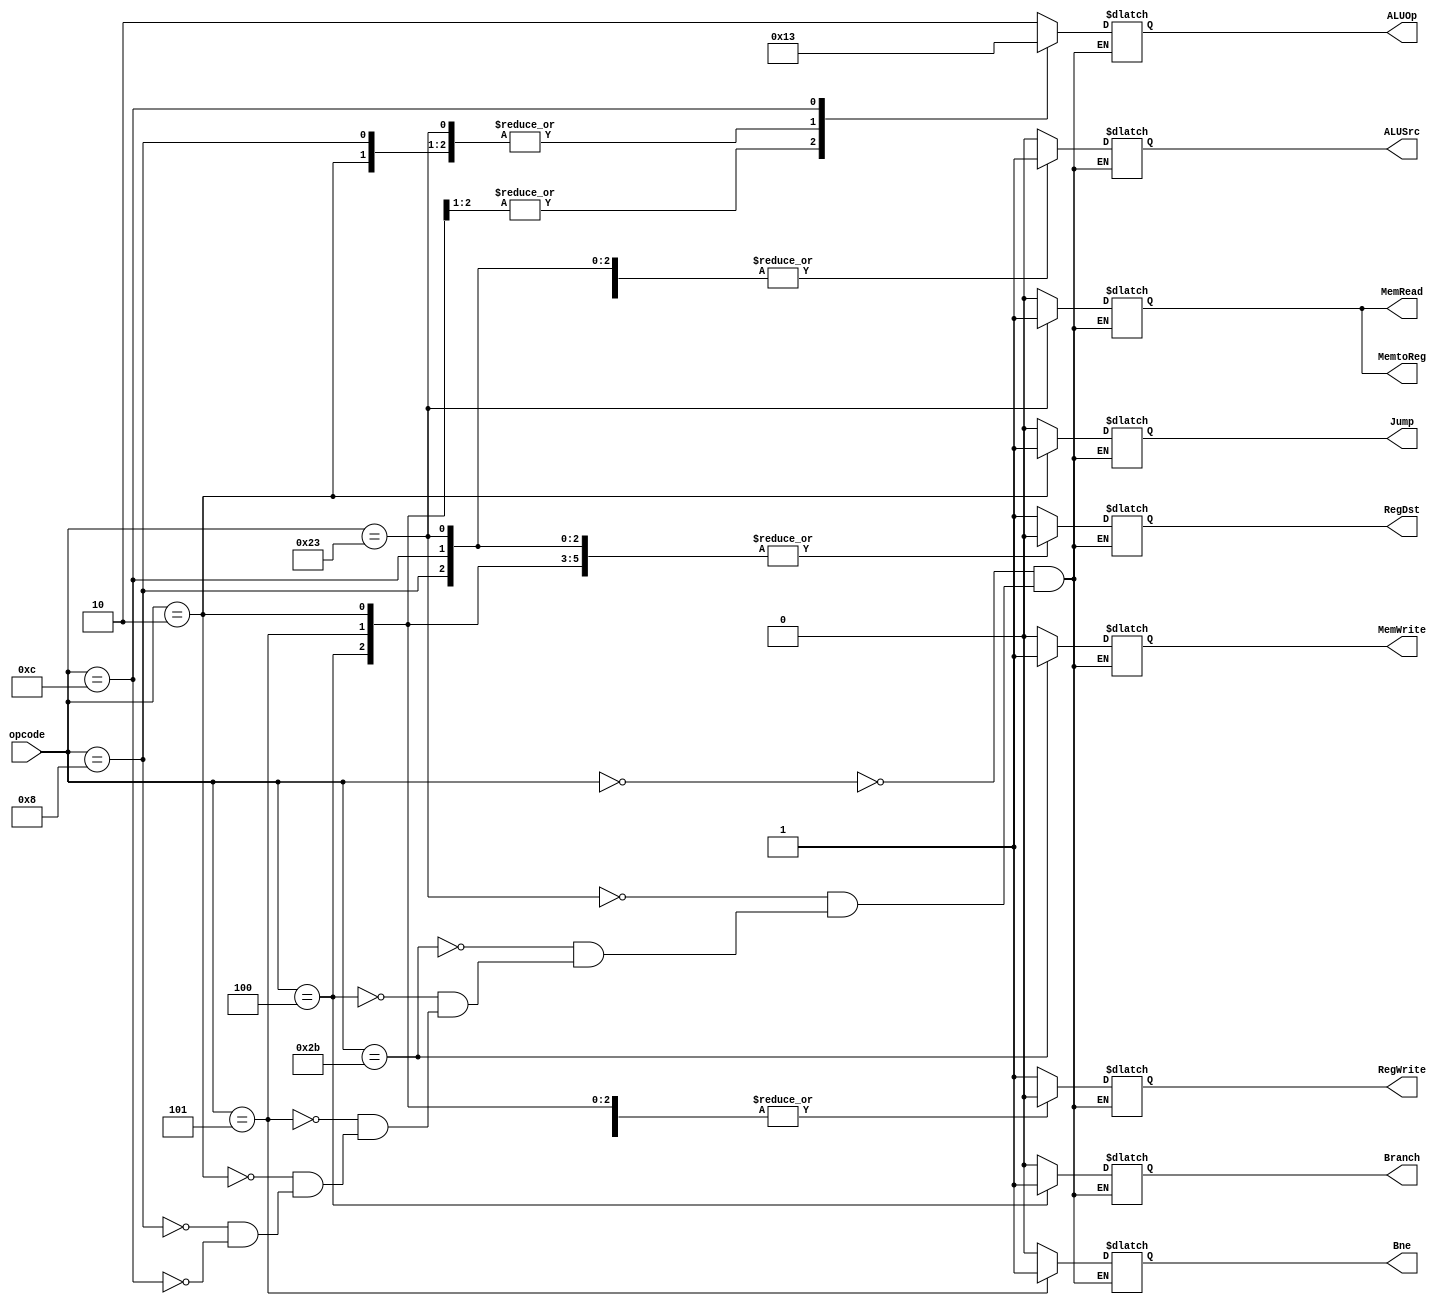
`ifndef MODULE_CONTROL
`define MODULE_CONTROL

`timescale 1ns / 1ps
///////////////////////////////////////////////////////////
//
//
//
//
//
///////////////////////////////////////////////////////////
module control(
	input wire [5:0] opcode,
	output reg RegDst,
	output reg Jump,
	output reg Branch,
	output reg Bne,
	output reg MemRead,
	output reg MemtoReg,
	output reg [1:0] ALUOp,
	output reg MemWrite,
	output reg ALUSrc,
	output reg RegWrite
	);

		initial begin
        RegDst     <=1'b0;
        Jump       <=1'b0;
        Branch   <=1'b0;
        Bne   <=1'b0;
        MemRead    <=1'b0;
        MemtoReg   <=1'b0;
        MemWrite   <=1'b0;
        ALUSrc     <=1'b0;
        RegWrite   <=1'b0;
        ALUOp      <=2'b00;
    	end



		always @(opcode) 
		begin
			case (opcode)
				// R
				6'b000000:
				begin
					RegDst<=1;
					Jump<=0;
					Branch<=0;
					Bne<=0;
					MemRead<=0;
					MemtoReg<=0;
					ALUOp<=2'b10;
					MemWrite<=0;
					ALUSrc<=0;
					RegWrite<=1;
				
				end
				// lw
				6'b100011:
				begin
					RegDst<=0;
					Jump<=0;
					Branch<=0;
					Bne<=0;
					MemRead<=1;
					MemtoReg<=1;
					ALUOp<=2'b00;
					MemWrite<=0;
					ALUSrc<=1;
					RegWrite<=1;
				end
				// sw 
				6'b101011:
				begin
					RegDst<=1;
					Jump<=0;
					Branch<=0;
					Bne<=0;
					MemRead<=0;
					MemtoReg<=0;
					ALUOp<=2'b00;
					MemWrite<=1;
					ALUSrc<=1;
					RegWrite<=0;
				end
				// branch
				6'b000100:
				begin
					RegDst<=0;
					Jump<=0;
					Branch<=1;
					Bne<=0;
					MemRead<=0;
					MemtoReg<=0;
					ALUOp<=2'b01;
					MemWrite<=0;
					ALUSrc<=0;
					RegWrite<=0;
				end
				//bne
				6'b000101:
				begin
					RegDst<=0;
					Jump<=0;
					Branch<=0;
					Bne<=1;
					MemRead<=0;
					MemtoReg<=0;
					ALUOp<=2'b01;
					MemWrite<=0;
					ALUSrc<=0;
					RegWrite<=0;
				end

				// jump
				6'b000010:
				begin
					RegDst<=0;
					Jump<=1;
					Branch<=0;
					Bne<=0;
					MemRead<=0;
					MemtoReg<=0;
					ALUOp<=2'b00;
					MemWrite<=0;
					ALUSrc<=0;
					RegWrite<=0;
				end

				// addi
				6'b001000:
				begin
					RegDst<=0;
					Jump<=0;
					Branch<=0;
					Bne<=0;
					MemRead<=0;
					MemtoReg<=0;
					ALUOp<=2'b00;
					MemWrite<=0;
					ALUSrc<=1;
					RegWrite<=1;
				end
				// andi
				6'b001100:
				begin
					RegDst<=0;
					Jump<=0;
					Branch<=0;
					Bne<=0;
					MemRead<=0;
					MemtoReg<=0;
					ALUOp<=2'b11;
					MemWrite<=0;
					ALUSrc<=1;
					RegWrite<=1;
				end
				default:;
			endcase
		end

endmodule


`endif